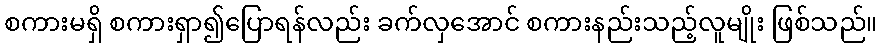
စကားမရှိ စကားရှာ၍ပြောရန်လည်း ခက်လှအောင် စကားနည်းသည့်လူမျိုး ဖြစ်သည်။